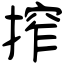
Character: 搾